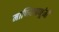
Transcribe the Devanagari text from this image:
माणिकप्रभूंनी